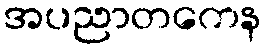
အပညာတကေန